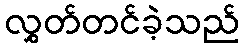
လွှတ်တင်ခဲ့သည်